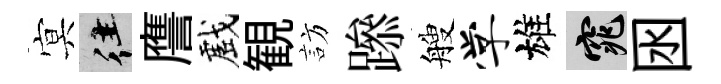
㝠往譍戲観訪𨅶艘学雄窕囦